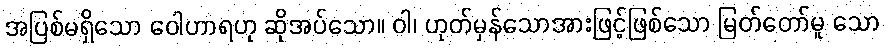
အပြစ်မရှိသော ဝေါဟာရဟု ဆိုအပ်သော။ ဝါ၊ ဟုတ်မှန်သောအားဖြင့်ဖြစ်သော မြတ်တော်မူ သော